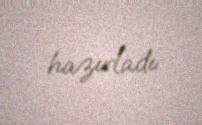
hazırladı.